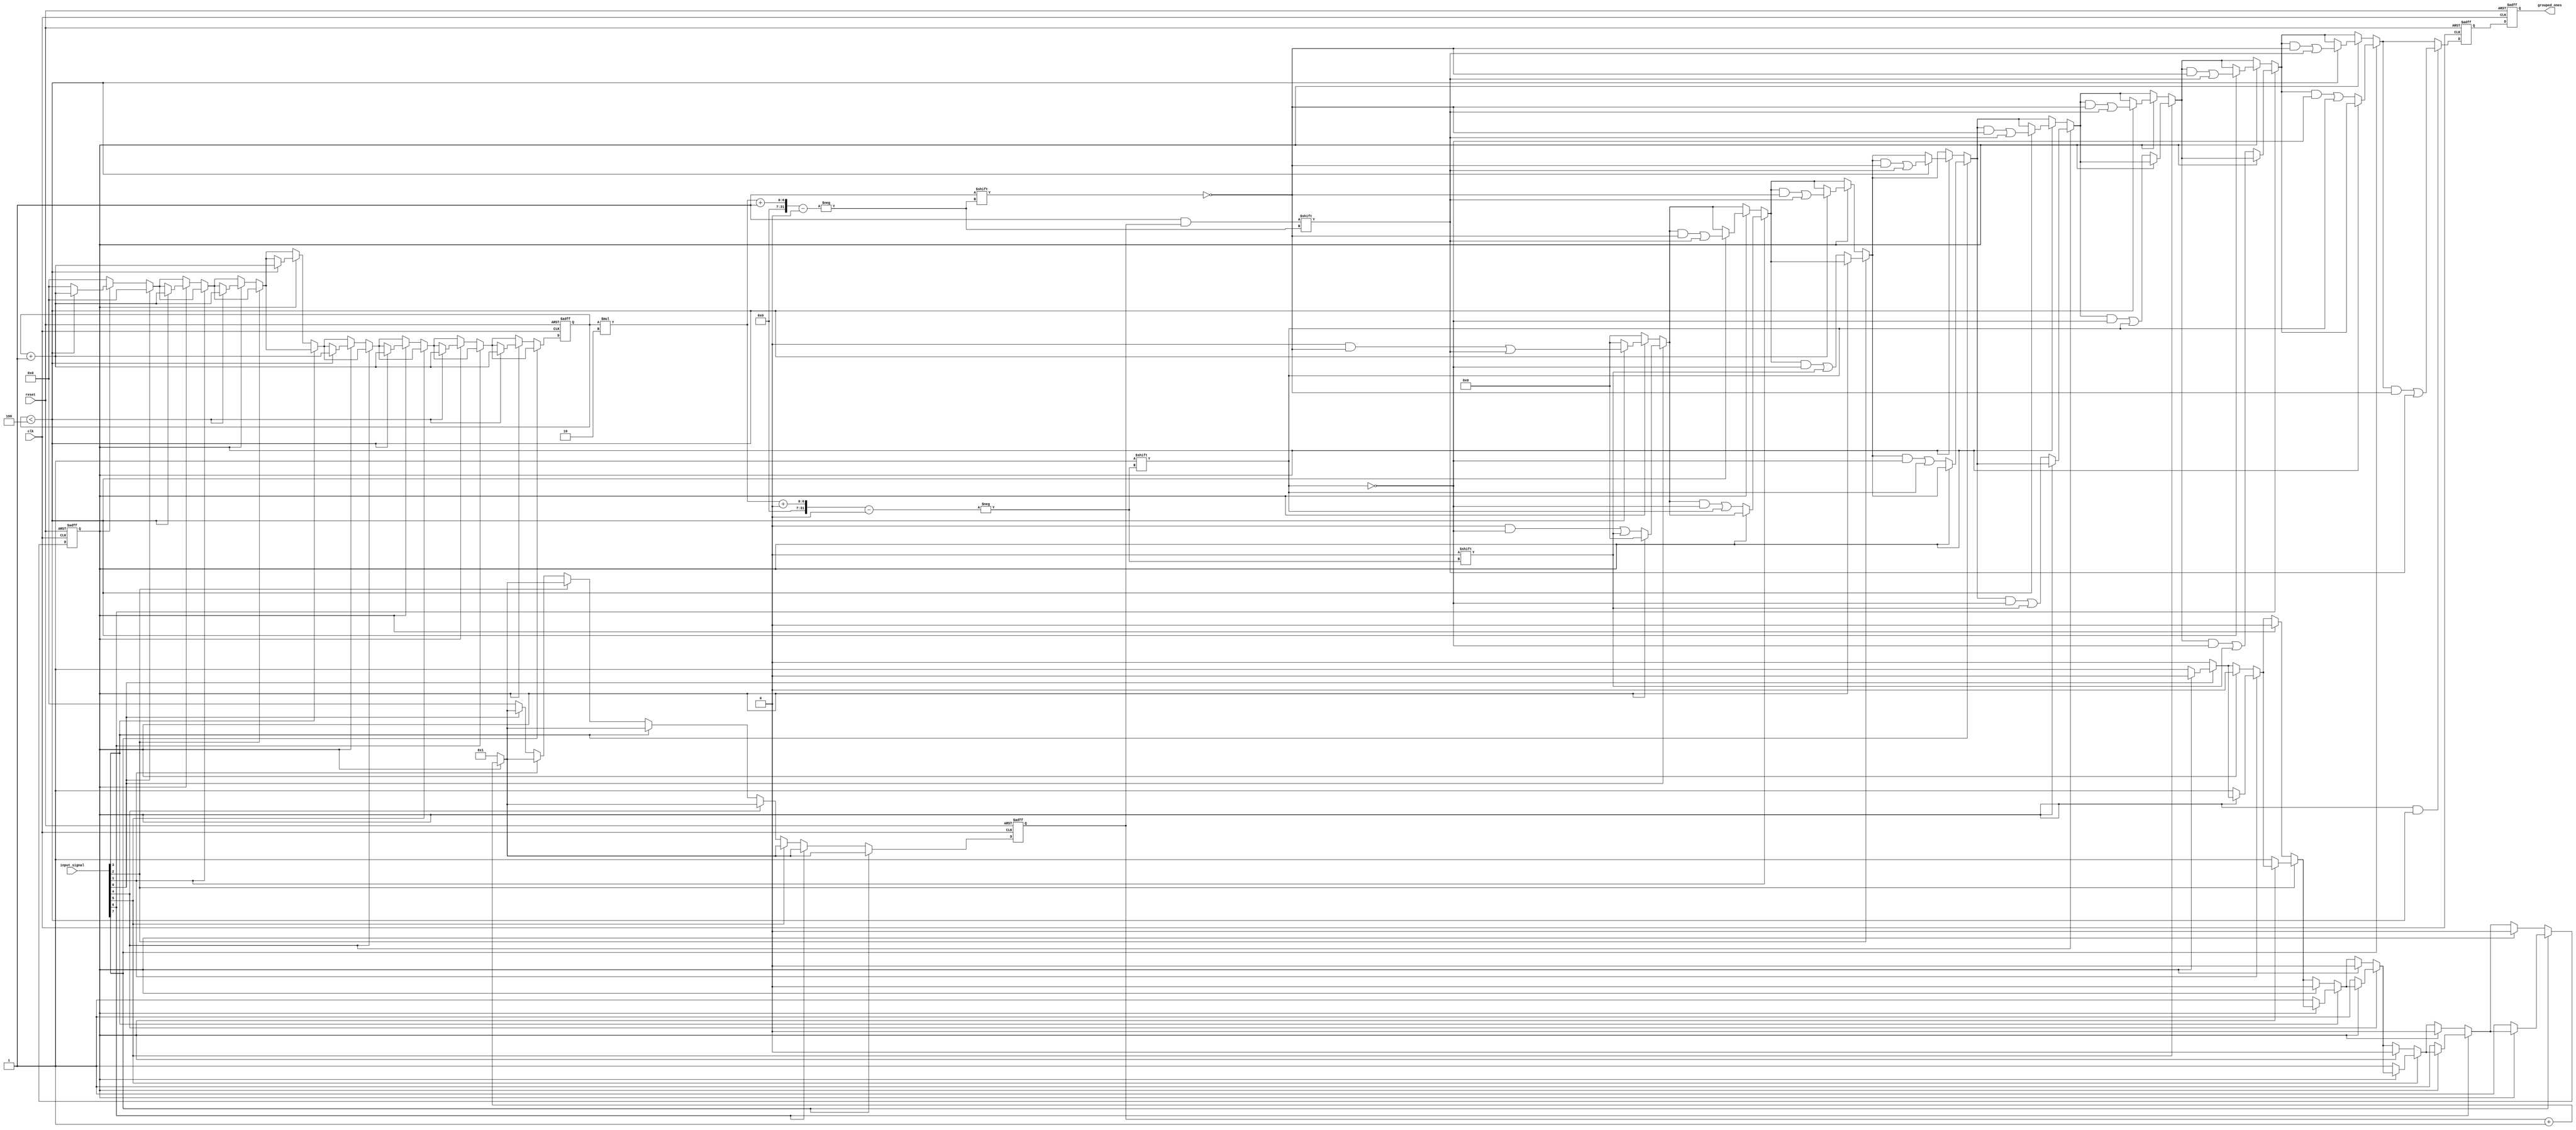
module grouping_of_ones #(
    parameter N = 8, // Length of the input vector
    parameter MAX_GROUPS = 4 // Maximum number of groups to output
)(
    input wire clk,
    input wire reset,
    input wire [N-1:0] input_signal,
    output reg [N-1:0] grouped_ones // Output vector to hold start positions and lengths
);

    reg [N-1:0] temp_grouped_ones; // Temporary storage for output
    reg [3:0] count; // Counter for the length of current group
    reg [3:0] group_index; // Index for the output groups
    reg in_group; // Flag to indicate if currently in a group of 1s

    integer i;

    always @(posedge clk or posedge reset) begin
        if (reset) begin
            temp_grouped_ones <= 0;
            grouped_ones <= 0;
            count <= 0;
            group_index <= 0;
            in_group <= 0;
        end else begin
            // Reset temporary output for each clock cycle
            temp_grouped_ones <= 0;
            count <= 0;
            group_index <= 0;
            in_group <= 0;

            // Iterate through the input signal
            for (i = 0; i < N; i = i + 1) begin
                if (input_signal[i] == 1'b1) begin
                    if (!in_group) begin
                        // Start of a new group
                        in_group <= 1;
                        count <= 1; // Reset count for new group
                        temp_grouped_ones[group_index * 2 +: 1] <= i; // Store start position
                    end else begin
                        // Increment count if still in a group
                        count <= count + 1;
                    end
                end else begin
                    if (in_group) begin
                        // End of a group
                        in_group <= 0;
                        if (group_index < MAX_GROUPS) begin
                            temp_grouped_ones[group_index * 2 + 1] <= count; // Store length
                            group_index <= group_index + 1; // Move to next group
                        end
                    end
                end
            end

            // Handle case where the last group ends at the last bit
            if (in_group && group_index < MAX_GROUPS) begin
                temp_grouped_ones[group_index * 2 + 1] <= count; // Store length
            end

            // Assign the temporary output to the final output
            grouped_ones <= temp_grouped_ones;
        end
    end

endmodule